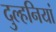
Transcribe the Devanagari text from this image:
दुल्हनियां